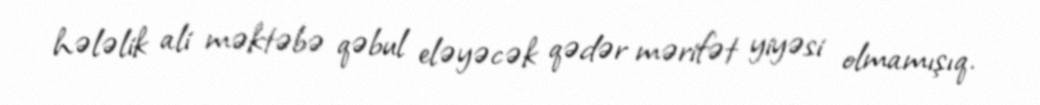
hələlik ali məktəbə qəbul eləyəcək qədər mərifət yiyəsi olmamışıq.